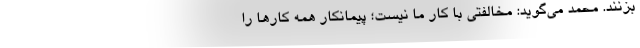
بزنند. محمد می‌گوید: مخالفتی با کار ما نیست؛ پیمانکار همه کارها را